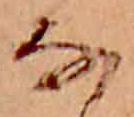
な